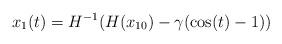
LaTeX: \begin{align*}x_1(t) = H^{-1}(H(x_{10}) -\gamma (\cos(t)-1) )\end{align*}